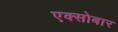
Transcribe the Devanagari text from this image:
एक्सोबार